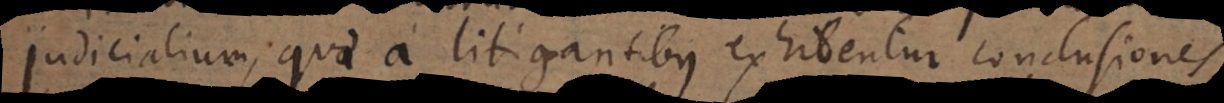
judicialium, quae a litigantibus exhibentur conclusiones